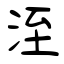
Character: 洷